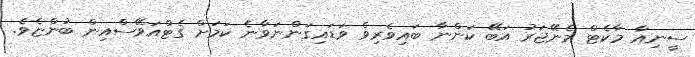
ސީނިއާ މާކެޓް މެނޭޖަރު އަބޭ ކަންނާ ބައިވެރިވެ ވަޑައިގަންނަވާނެ ކަމަށް ގެޓްއަވޭސްއިން ބުންޏެވެ.